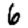
Digit: 6